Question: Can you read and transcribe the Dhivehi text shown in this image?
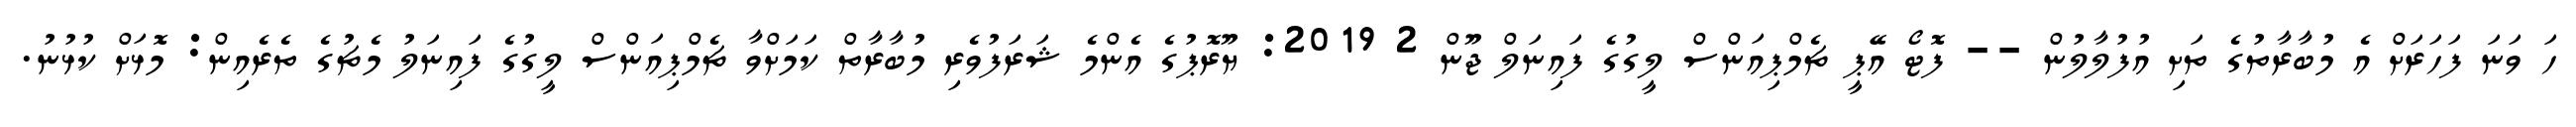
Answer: ހަ ވަނަ ފަހަރަށް އެ މުބާރާތުގެ ތަށި އުފުލާލުން -- ފޮޓޯ އޭޕީ ޗެމްޕިއަންސް ލީގުގެ ފައިނަލް ޖޫން 2 2019: ޔޫރޮޕުގެ އެންމެ ޝަރަފުވެރި މުބާރާތް ކަމަށްވާ ޗެމްޕިއަންސް ލީގުގެ ފައިނަލު މެޗުގެ ތެރެއިން: މޮޅަށް ކުޅުނު.